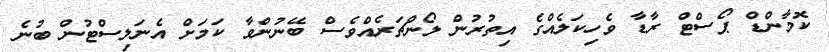
ކޮމާންޑް ޕޯސްޓް ރާޑާ ވެހިކަލެއްގެ އިތުރުން ލޯންޗަރެއްވެސް ބޭނުންވާ ކަމަށް އެނަލިސްޓުން ބުނެ